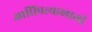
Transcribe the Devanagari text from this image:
आधिपत्त्याखाली